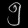
Digit: ၅